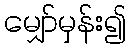
မျှော်မှန်း၍